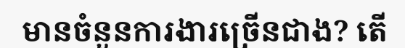
មានចំនួនការងារច្រើនជាង? តើ